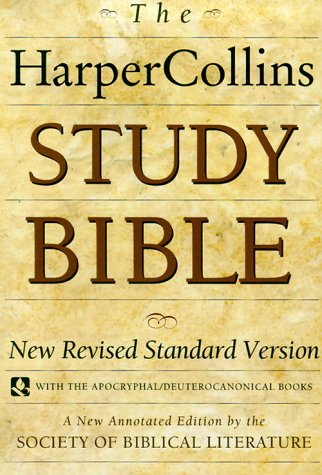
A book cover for HarperCollins Study Bible: New Revised Standard Version (with the Apocryphal/Deuterocanonical Books); Wayne A. Meeks; Christian Books & Bibles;